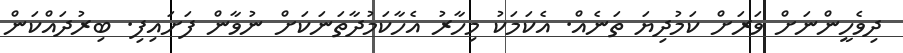
ދިވެހީންނަށް ވަރަށް ކަމުދިޔަ ތަނެއް. އެކަމަކު މިހާރު އެހާކަމުދާތަނަކަށް ނުވާން ފަށައިފި. ބިރުދައްކަން